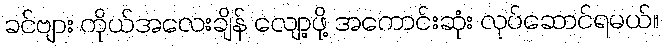
ခင်ဗျား ကိုယ်အလေးချိန် လျော့ဖို့ အကောင်းဆုံး လုပ်ဆောင်ရမယ်။